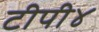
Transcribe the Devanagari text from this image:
टीपी४